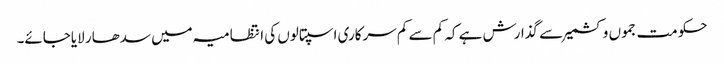
حکومت جموں وکشمیر سے گذارش ہے کہ کم سے کم سرکاری اسپتالوں کی انتظامیہ میں سدھار لایاجائے۔